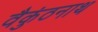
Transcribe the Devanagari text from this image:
वैकुंठनाथ